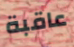
عاقبة